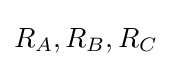
R_{A},R_{B},R_{C}